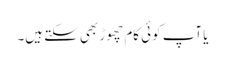
یا آپ کوئی کام چھوڑ بھی سکتے ہیں۔